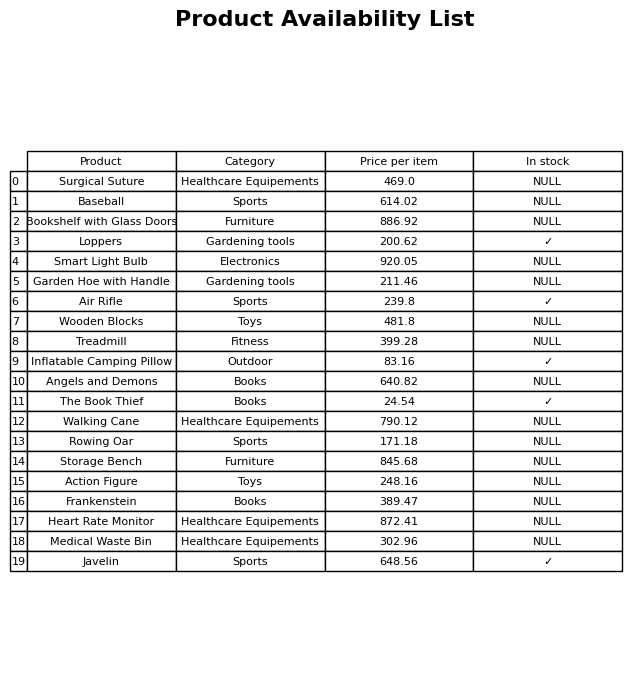
question: What is the price of the Smart Light Bulb?
answer: The price of Smart Light Bulb is 920.05.